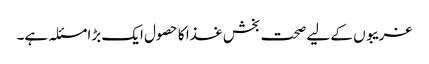
غریبوں کے لیے صحت بخش غذا کا حصول ایک بڑا مسئلہ ہے۔